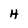
Character: H